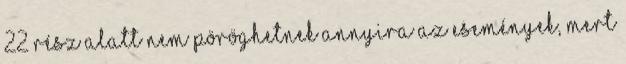
22 rész alatt nem pöröghetnek annyira az események, mert